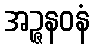
အဉ္ဇနဝနံ